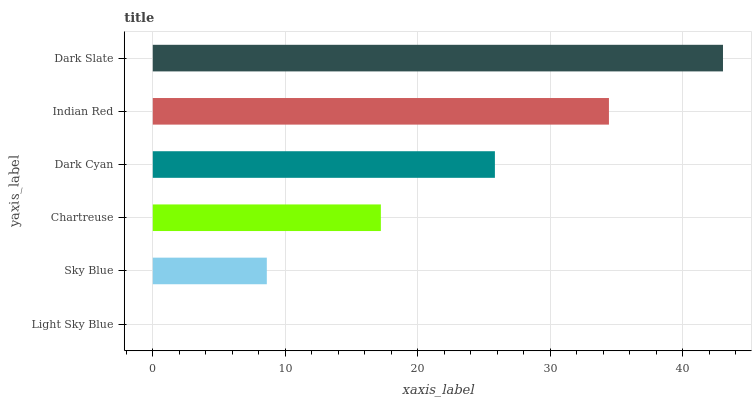
| yaxis_label | bars |
 | --- | --- |
 | Light Sky Blue | 0 |
 | Sky Blue | 8.61 |
 | Chartreuse | 17.2 |
 | Dark Cyan | 25.8 |
 | Indian Red | 34.4 |
 | Dark Slate | 43 |